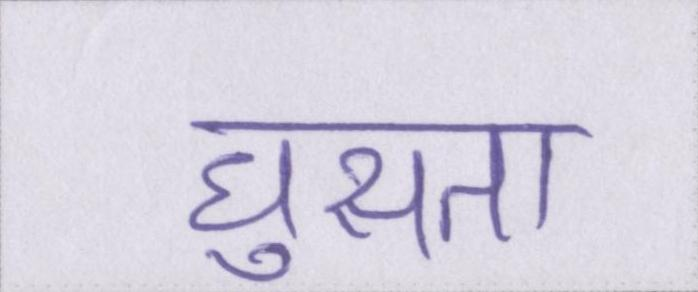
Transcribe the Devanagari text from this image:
घुसता